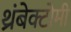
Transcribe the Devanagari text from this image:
थ्रंबेक्टोमी